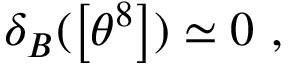
\delta _ { B } ( \left[ \theta ^ { 8 } \right] ) \simeq 0 ~ ,